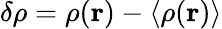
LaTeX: \delta\rho=\rho(\mathbf{r})-\langle\rho(\mathbf{r})\rangle